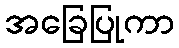
အခြေပြုကာ